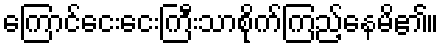
ကြောင်ငေးငေးကြီးသာစိုက်ကြည့်နေမိ၏။